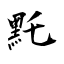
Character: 𪐞